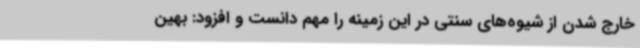
خارج شدن از شیوه‌های سنتی در این زمینه را مهم دانست و افزود: بهین